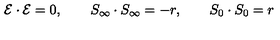
{ \cal { E } } \cdot { \cal { E } } = 0 , \qquad S _ { \infty } \cdot S _ { \infty } = - r , \qquad S _ { 0 } \cdot S _ { 0 } = r